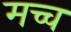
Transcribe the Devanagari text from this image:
मच्च